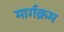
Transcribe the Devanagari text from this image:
मार्गक्रम